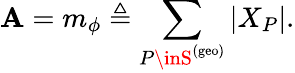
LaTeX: \mathbf{A}=m_{\phi}\triangleq\sum_{P\inS^{\mathrm{{(geo)}}}}|X_{P}|.